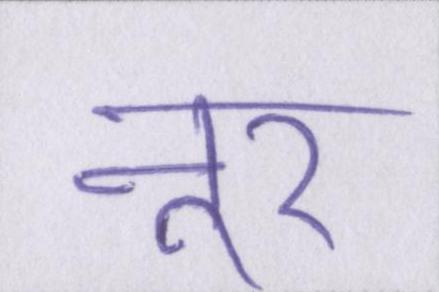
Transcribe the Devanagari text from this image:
नूर